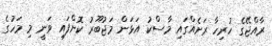
ރާއްޖޭގެ ހުރިހާ ރަށެއްގައި މާސްކު އަޅަން މަޖުބޫރު ކޮށްފައި ވަނީ މި މަހުގެ